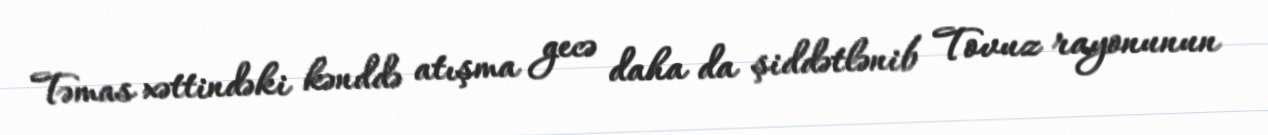
Təmas xəttindəki kənddə atışma gecə daha da şiddətlənib Tovuz rayonunun